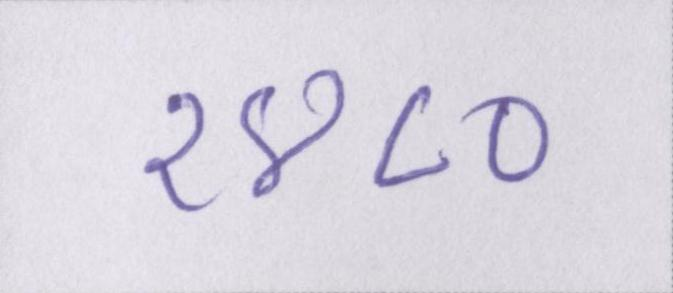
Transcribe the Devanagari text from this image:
१४८०